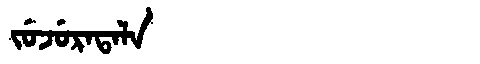
Manchu: ᠵᡠᠵᡠᡵᠠᡨᠠᠯᠠ
Romanization: JUJURATALA